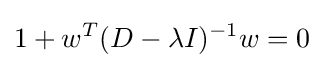
1+w^{T}(D-\lambda I)^{-1}w=0